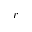
r